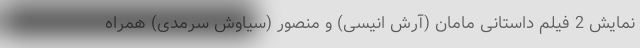
نمایش 2 فیلم داستانی مامان (آرش انیسی) و منصور (سیاوش سرمدی) همراه